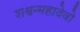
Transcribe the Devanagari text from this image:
शश्वन्महादेवो